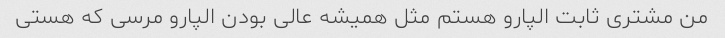
من مشتری ثابت الپارو هستم مثل همیشه عالی بودن الپارو مرسی که هستی